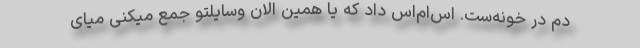
دم در خونه‌ست. اس‌ام‌اس داد که یا همین الان وسایلتو جمع میکنی میای